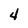
Character: 4